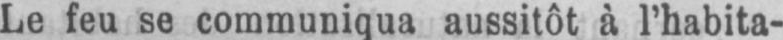
Le feu se communiqua aussitôt à l’habita-